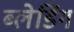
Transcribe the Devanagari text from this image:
ब्लेडिंग